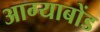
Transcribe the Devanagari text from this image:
आग्याबोंड